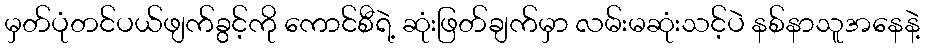
မှတ်ပုံတင်ပယ်ဖျက်ခွင့်ကို ကောင်စီရဲ့ ဆုံးဖြတ်ချက်မှာ လမ်းမဆုံးသင့်ပဲ နစ်နာသူအနေနဲ့